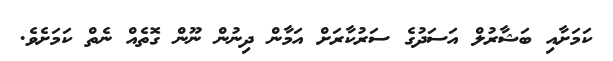
ކަމަށާއި ބަޝާރުލް އަސަދުގެ ސަރުކާރަށް އަމާން ދިނުން ނޫން ގޮތެއް ނެތް ކަމަށެވެ.